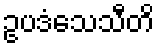
ဥပဒံသေသီတိ